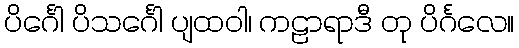
ပိင်္ဂေါ ပိသင်္ဂေါ ပျထဝါ၊ ကဠာရာဒီ တု ပိင်္ဂလေ။